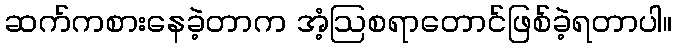
ဆက်ကစားနေခဲ့တာက အံ့ဩစရာတောင်ဖြစ်ခဲ့ရတာပါ။